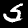
Label: 5